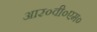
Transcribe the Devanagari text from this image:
आर०वी०एम०